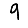
Digit: 9